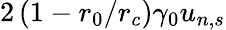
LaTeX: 2\left(1-r_{0}/r_{c}\right)\gamma_{0}u_{n,s}